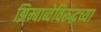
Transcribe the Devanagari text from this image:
झिम्बाब्वेविरुद्धच्या